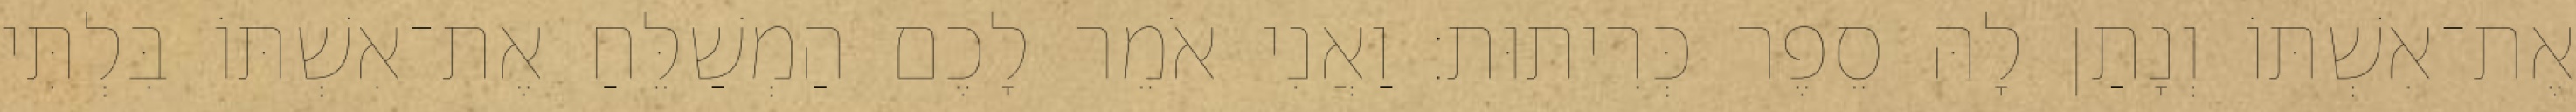
אֶת־אִשְׁתּוֹ וְנָתַן לָהּ סֵפֶר כְּרִיתוּת׃ וַאֲנִי אֹמֵר לָכֶם הַמְשַׁלֵּחַ אֶת־אִשְׁתּוֹ בִּלְתִּי